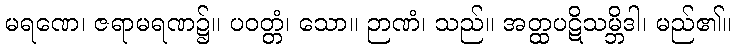
မရဏေ၊ ဇရာမရဏ၌။ ပဝတ္တံ၊ သော။ ဉာဏံ၊ သည်။ အတ္ထပဋိသမ္ဘိဒါ၊ မည်၏။